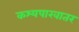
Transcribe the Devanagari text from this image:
कश्यपाखातर